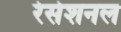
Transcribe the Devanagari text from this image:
रेसेशनल